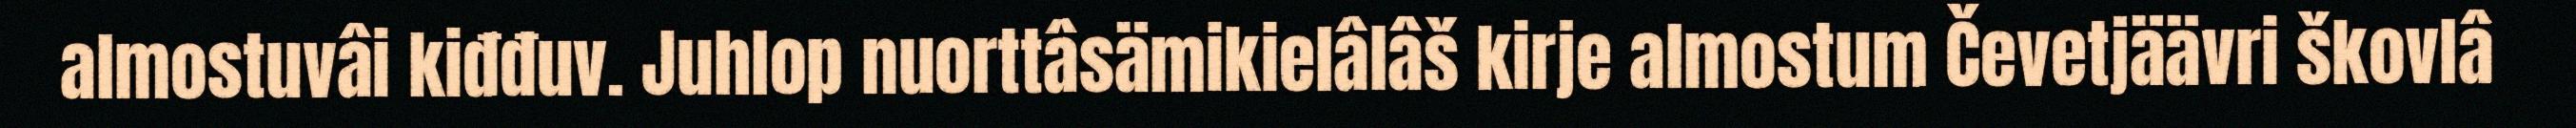
almostuvâi kiđđuv. Juhlop nuorttâsämikielâlâš kirje almostum Čevetjäävri škovlâ